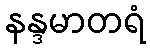
နန္ဒမာတရံ